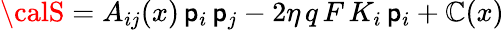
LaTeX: {\calS}=A_{ij}(x)\, \mathsf{p}_{i}\, \mathsf{p}_{j}-2\eta\, q\, F\, K_{i}\, \mathsf{p}_{i}+\mathbb{C}(x)